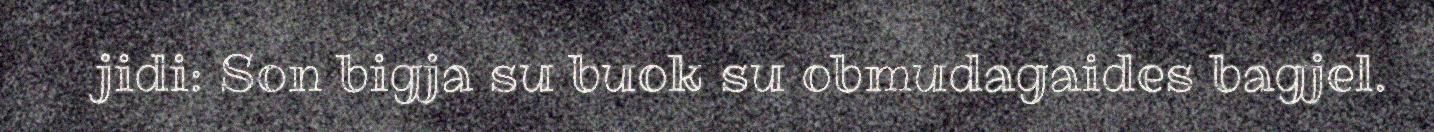
jidi: Son bigja su buok su obmudagaides bagjel.